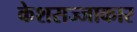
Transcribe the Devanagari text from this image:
केशसज्जाकार